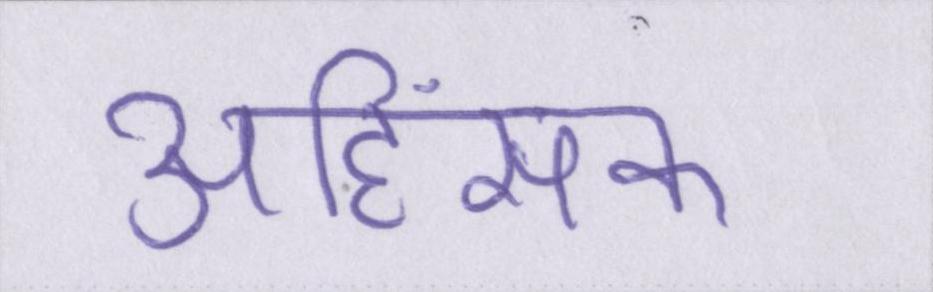
अहिंसक